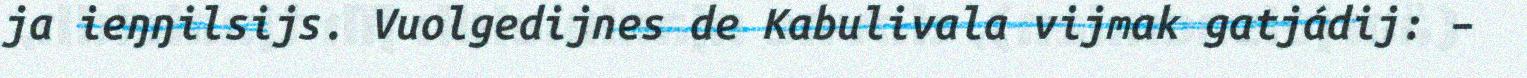
ja ieŋŋilsijs. Vuolgedijnes de Kabulivala vijmak gatjádij: –